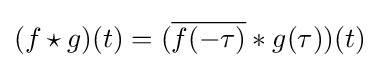
(f\star g)(t)=({\overline {f(-\tau )}}*g(\tau ))(t)